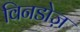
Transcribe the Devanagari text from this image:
विनडोज़